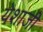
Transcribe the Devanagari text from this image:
येशाजी